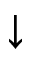
\downarrow